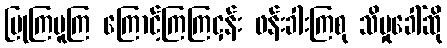
ပြုကြမူကြ ကြောင့်ကြကြငှန်း ဖန်းခါးကြစု သိမှုခေါ်ဆို